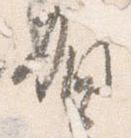
賀